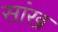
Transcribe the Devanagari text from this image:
सांख